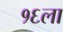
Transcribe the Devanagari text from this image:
१६ला